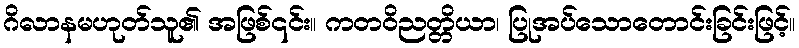
ဂိလာနမဟုတ်သူ၏ အဖြစ်၎င်း။ ကတဝိညတ္တိယာ၊ ပြုအပ်သောတောင်းခြင်းဖြင့်။